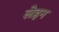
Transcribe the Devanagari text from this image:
लेहन